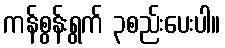
ကန်စွန်းရွက် ၃စည်းပေးပါ။